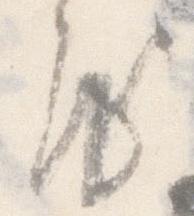
房